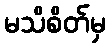
မသိစိတ်မှ